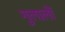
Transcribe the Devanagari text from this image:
गुलालों